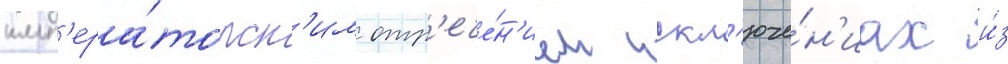
имп'ера́торск'им отр'ече́н'ием искл'юче́н'иах и́з